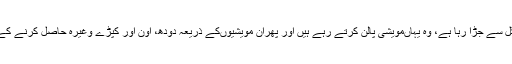
پہاڑ کے اصل باشندے جنگلوں سے جڑے رہے ہیں، ان کا پورا روزگار جنگل سے جڑا رہا ہے، وہ یہاںمویشی پالن کرتے رہے ہیں اور پھران مویشیوںکے ذریعہ دودھ، اون اور کپڑے وغیرہ حاصل کرنے کے ساتھ ساتھ ان جانوروں کی مدد سے اپنی کھیتی کا کام بھی کرتے رہے ہیں۔